Annual report of the Civil Veterinary Department, Bengal, for the year 1898-99 - 1898-1899
Year: 1898
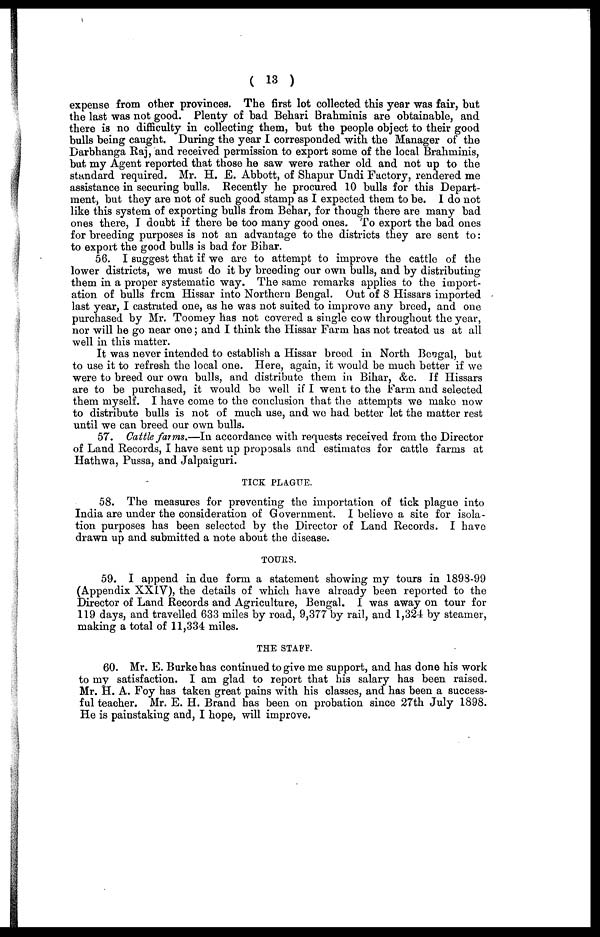
( 13 )
expense from other provinces. The first lot collected this year was fair, but
the last was not good. Plenty of bad Behari Brahminis are obtainable, and
there is no difficulty in collecting them, but the people object to their good
bulls being caught. During the year I corresponded with the Manager of the
Darbhanga Raj, and received permission to export some of the local Brahminis,
but my Agent reported that those he saw were rather old and not up to the
standard required. Mr. H. E. Abbott, of Shapur Undi Factory, rendered me
assistance in securing bulls. Recently he procured 10 bulls for this Depart-
ment, but they are not of such good stamp as I expected them to be. I do not
like this system of exporting bulls from Behar, for though there are many bad
ones there, I doubt if there be too many good ones. To export the bad ones
for breeding purposes is not an advantage to the districts they are sent to:
to export the good bulls is bad for Bihar.
56. I suggest that if we are to attempt to improve the cattle of the
lower districts, we must do it by breeding our own bulls, and by distributing
them in a proper systematic way. The same remarks applies to the import-
ation of bulls from Hissar into Northern Bengal. Out of 8 Hissars imported
last year, I castrated one, as he was not suited to improve any breed, and one
purchased by Mr. Toomey has not covered a single cow throughout the year,
nor will he go near one; and I think the Hissar Farm has not treated us at all
well in this matter.
It was never intended to establish a Hissar breed in North Bengal, but
to use it to refresh the local one. Here, again, it would be much better if we
were to breed our own bulls, and distribute them in Bihar, &c. If Hissars
are to be purchased, it would be well if I went to the Farm and selected
them myself. I have come to the conclusion that the attempts we make now
to distribute bulls is not of much use, and we had better let the matter rest
until we can breed our own bulls.
57. Cattle farms.—In accordance with requests received from the Director
of Land Records, I have sent up proposals and estimates for cattle farms at
Hathwa, Pussa, and Jalpaiguri.
TICK PLAGUE.
58. The measures for preventing the importation of tick plague into
India are under the consideration of Government. I believe a site for isola-
tion purposes has been selected by the Director of Land Records. I have
drawn up and submitted a note about the disease.
TOURS.
59. I append in due form a statement showing my tours in 1898-99
(Appendix XXIV), the details of which have already been reported to the
Director of Land Records and Agriculture, Bengal. I was away on tour for
119 days, and travelled 633 miles by road, 9,377 by rail, and 1,324 by steamer,
making a total of 11,334 miles.
THE STAFF.
60. Mr. E. Burke has continued to give me support, and has done his work
to my satisfaction. I am glad to report that his salary has been raised.
Mr. H. A. Foy has taken great pains with his classes, and has been a success-
ful teacher. Mr. E. H. Brand has been on probation since 27th July 1898.
He is painstaking and, I hope, will improve.